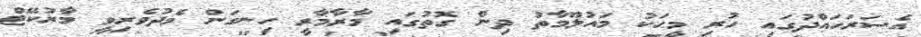
އެސަރަހައްދުގައި ހުރި މީހަކު މައުލޫމާތު ދިން ގޮތުގައި މާރާމާރީ ހިނގަން މެދުވެރިވީ މާރުކޭޓް